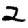
Digit: 2